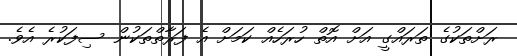
ރަށްތަކުގެ ތަރައްގީ އަށް އޮތް ހުރަހެއް ކަމަށް އެ ފަރާތްތަކުން ސިފަކުރެ އެވެ.